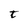
Character: t